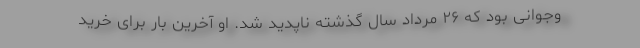
وجوانی بود که ۲۶ مرداد سال گذشته ناپدید شد. او آخرین بار برای خرید